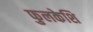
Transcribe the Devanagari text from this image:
फुलकेशि